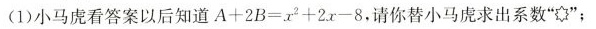
(1)小马虎看答案以后知道A+2B=z2+2x-8.请你替小马虎求出系数””；